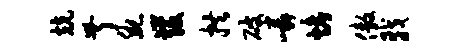
兢叔腕发拱破嶙烤傲戟